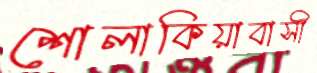
শোলাকিয়াবাসী